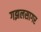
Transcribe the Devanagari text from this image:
गझलसागर